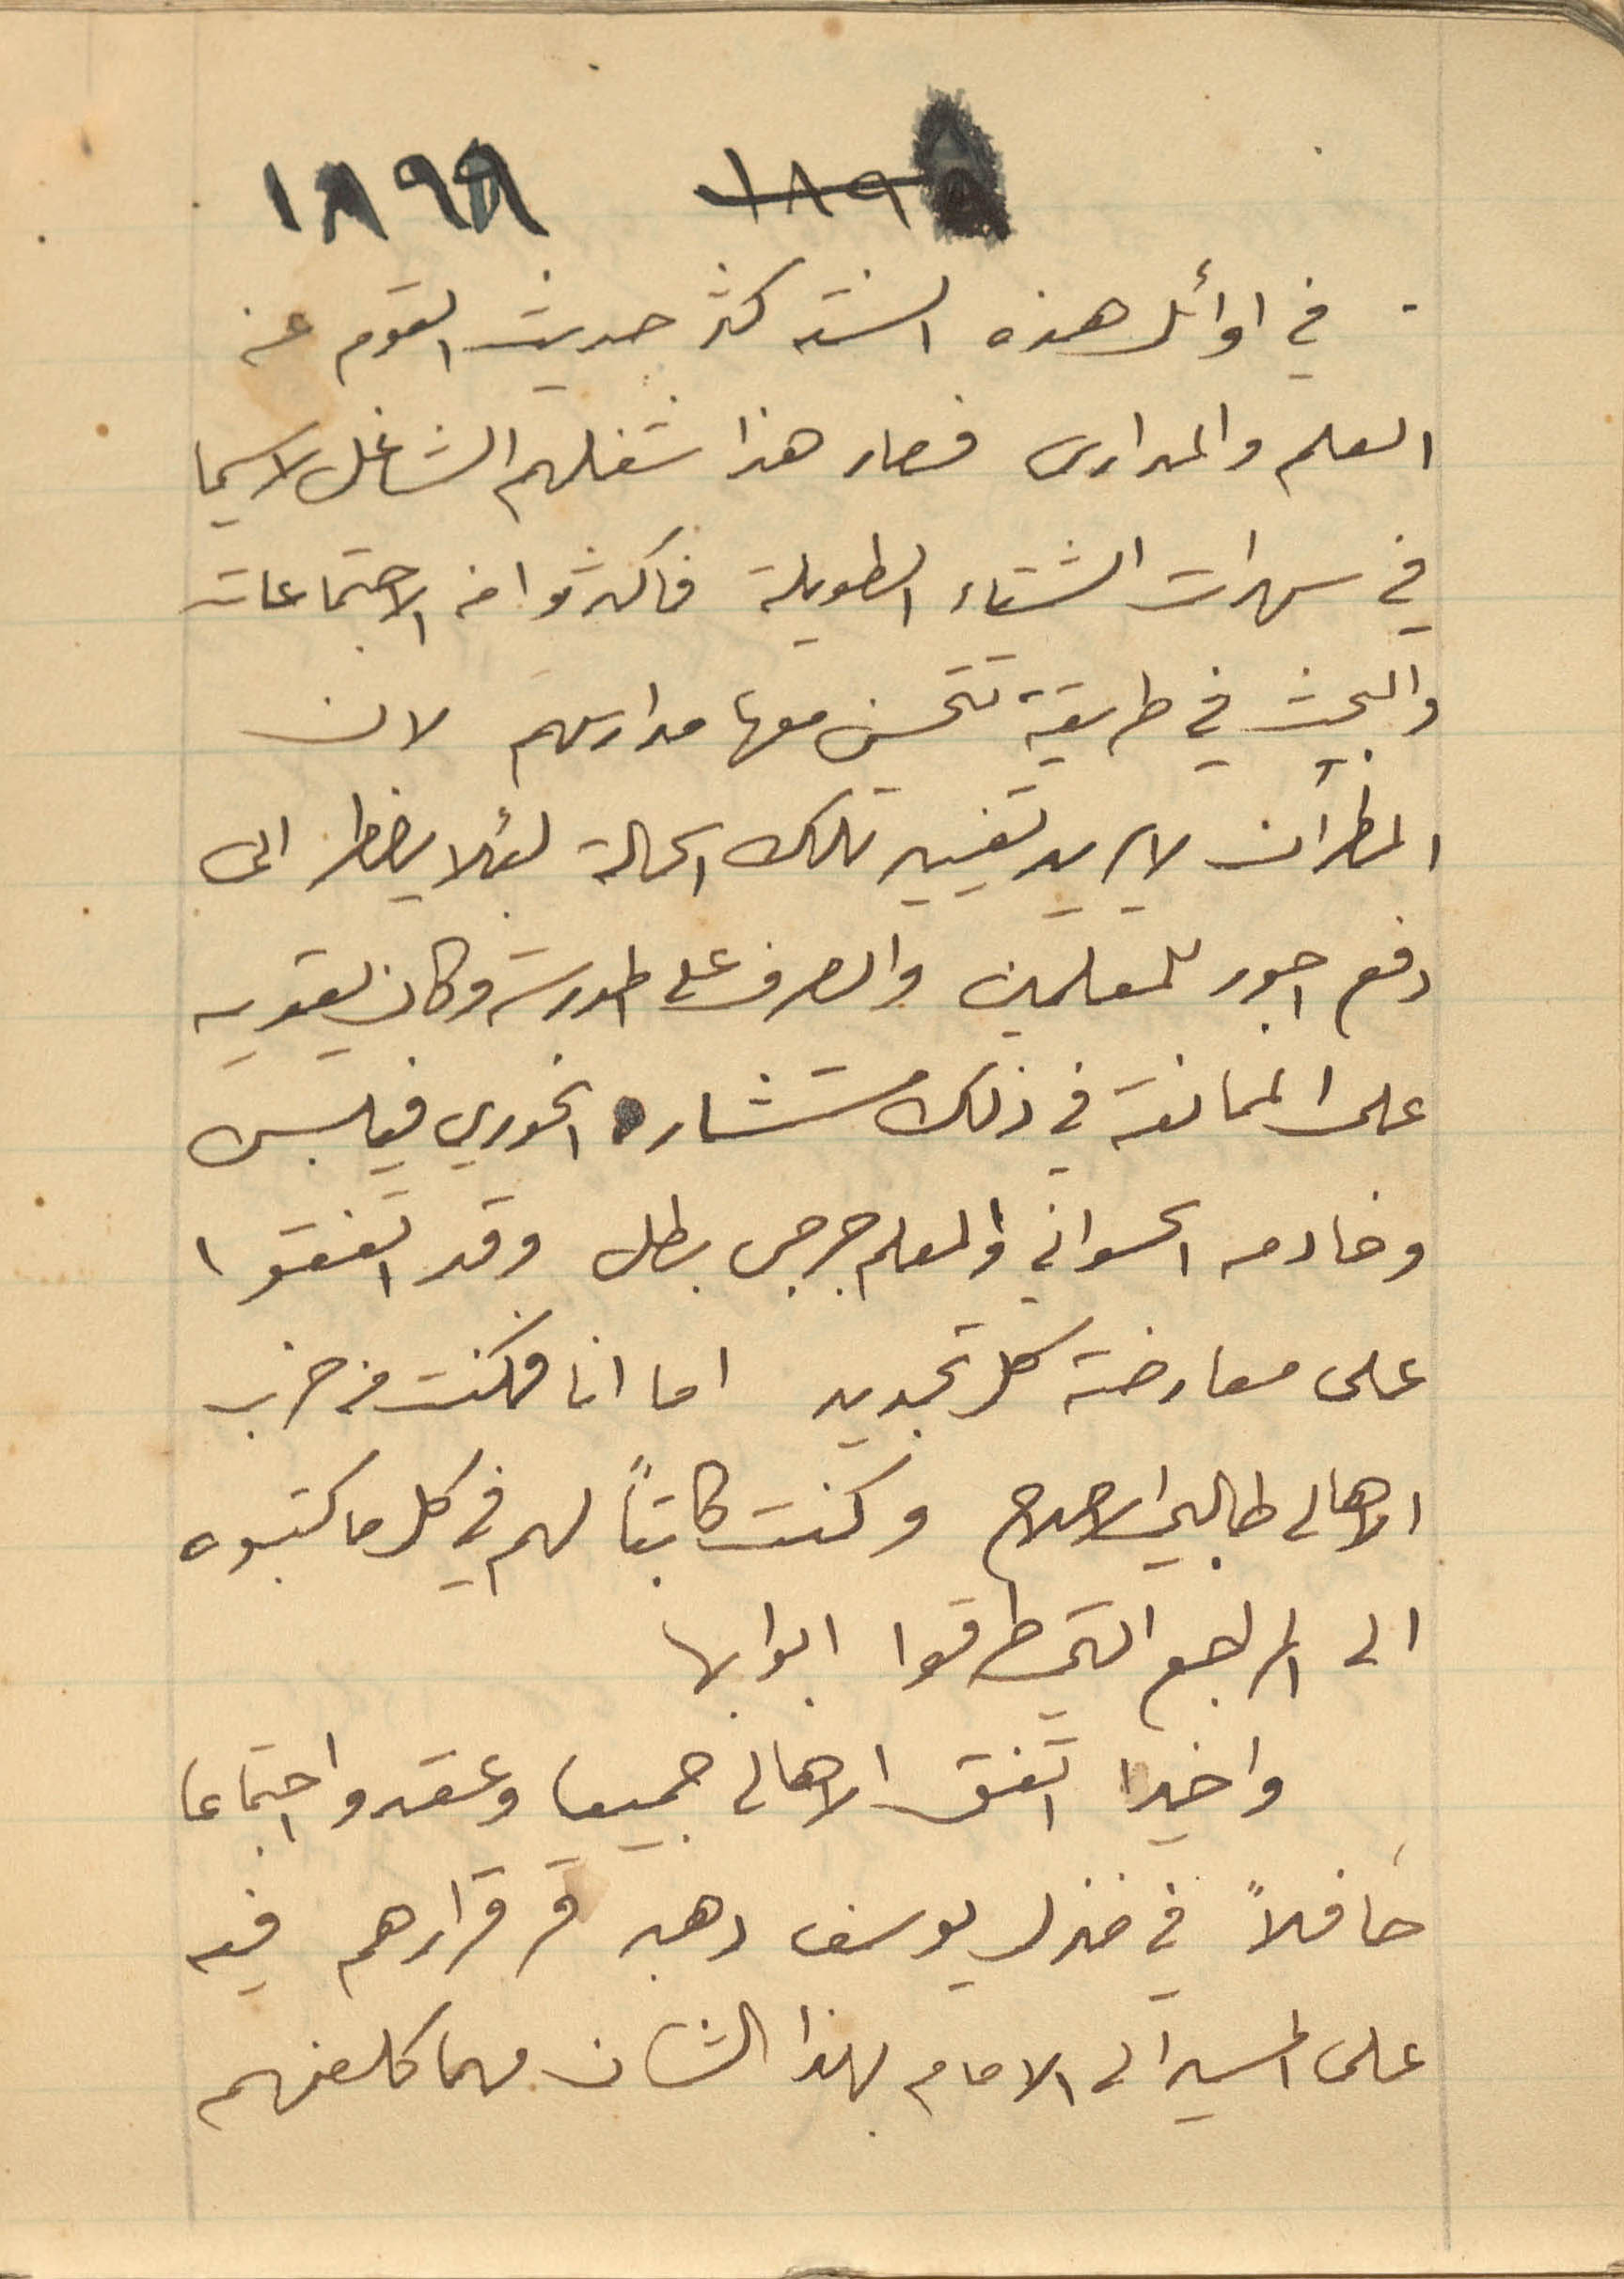
1898
في اوائل هذه السنة كثر حديث القوم عن
العلم والمدارس فصار هذا شغلهم الشاغل لا سيما
في سهرات الشتاء الطويلة فاكثروا من الاجتماعات
والبحث في طريقة تتحسن معها مدارسهم لان
المطران لا يريد تغيير تلك الحالة لئلا يضطر الى
دفع اجور للمعلمين والصرف على المدرسة وكان يقويه
على الممانعة في ذلك مستشاره الخوري فيلبس
 وخادمه الحسواني والمعلم جرجس بطل وقد اتفقوا
على معارضة كل تجديد اما انا فكنت من حزب
الاهالي طالبي الاصلاح وكنت كاتباً لهم في كل ما كتبوه
الى المراجع التي طرقوا ابوابها
واخيراً اتفق الاهالي جميعا وعقدوا اجتماعا
حافلاً في منزل يوسف دهبه وقرارهم فيه
على المسير الى الامام بهذا الشان مهما كلفهم